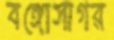
বঙ্গোসাগর